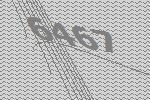
6467